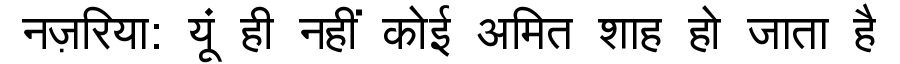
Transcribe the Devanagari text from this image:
नज़रिया: यूं ही नहीं कोई अमित शाह हो जाता है